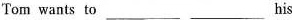
Tom wants to___ ___his